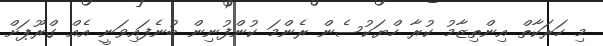
މި ހަރަކާތް އިންތިޒާމު ކުރާ ހްޔަކުސެން ރެންމަ ކުންފުނިން ބުނެފައިވަނީ އެއް ގްރޫޕަށް